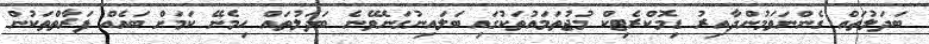
ބަދަލުތައް ގެންނަވަމުންދާއިރު ޑިމޮކްރެޓިކް މުޖުތަމައުތަކުގައި ބަލައިނުގަނެވޭނެ ބަދަލުތައް ހިމެނޭ ކަމަށް ބައެއް ފަރާތްތަކުން